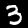
Digit: 3